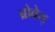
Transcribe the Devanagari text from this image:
ब्रोकेड़